Report on vaccination in Madras 1904-1921 - 1904-1921
Year: 1904
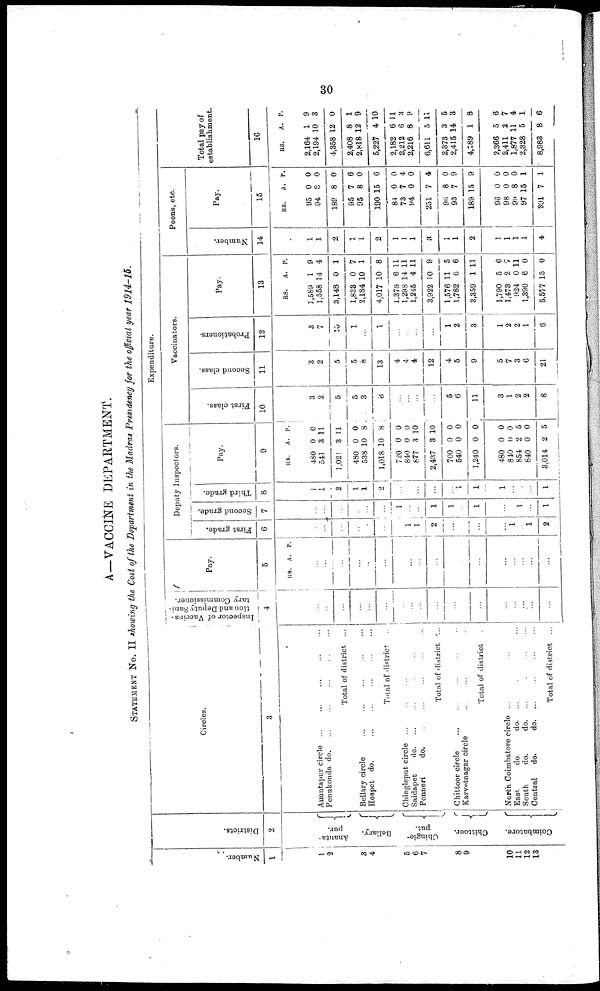
30
A—VACCINE DEPARTMENT.
STATEMENT No. II showing the Cost of the Department in the Madras Presidency for the official year 1914-15.
Number.
1
1
2
3
4
5
6
7
8
9
10
11
12
13
Districts.
2
Ananta¬
pur.
Bellary.
Chingle¬
put.
Chittoor.
Coimbatore.
Circles.
3
Anantapur circle ... ... ... ... ...
Penukonda d
o
. ... ... ... ... ...
Total of district ...
Bellary circle
...
...
...
...
...
Hospet do.
...
...
...
...
...
Total of district ...
Chingleput circle ...
...
...
Saidapet
d
o
. ... ... ... ...
Ponneri
do. ... ... ... ... ...
Total of district ...
Chittoor circle
...
...
...
...
Karvetnagar circle
...
...
Total of district ...
North Coimbatore circle ... ... ...
East.
do.
d
o
. ... ... ...
South
do.
do. ...
...
...
...
Central
do.
d
o
. ... ... ... ...
Total of district ...
Expenditure.
Inspector of Vaccina-
tion and Deputy Sani-
tary Commissioner.
4
...
...
...
...
...
...
...
...
...
...
...
...
...
...
...
...
...
...
Pay.
5
RS. A P.
...
...
...
...
...
...
...
...
...
...
...
...
...
...
...
...
...
...
Deputy Inspectors.
First grade.
6
...
...
...
...
...
...
...
1
1
2
...
...
...
...
1
...
1
2
Second grade.
7
...
...
...
...
...
...
1
...
...
1
1
...
1
...
...
1
...
1
Third grade.
8
1
1
2
1
1
2
...
...
...
...
...
1
1
1
...
...
...
1
Pay.
9
RS.
480
541
1,021
480
538
1,018
720
840
877
2,487
700
540
1,240
480
840
854
840
3,014
A.
0
3
3
0
10
10
0
0
3
3
0
0
0
0
0
2
0
2
P.
0
11
11
0
8
8
0
0
10
10
0
0
0
0
0
5
0
5
Vaccinators.
First class.
10
3
2
5
5
3
8
...
...
...
...
5
6
11
3
1
2
2
8
Second class.
11
3
2
5
5
8
13
4
4
4
12
4
5
9
5
7
3
6
21
Probationers.
12
3
7
10
1
...
1
...
...
...
...
1
2
3
1
2
2
1
6
Pay.
13
RS.
1,589
1,558
3,148
1,833
2,184
4,017
1,878
1,298
1,245
3,922
1,576
1,782
3,359
1,790
1,473
924
1,390
5,577
A.
1
14
0
0
10
10
6
14
4
10
11
6
1
5
2
0
6
15
P.
9
4
1
7
1
8
11
11
11
9
5
6
11
6
7
11
0
0
Peons, etc.
Number.
14
1
1
2
1
1
2
1
1
1
8
1
1
2
1
1
1
1
4
Pay.
15
RS.
95
94
189
95
95
190
84
73
94
251
96
93
189
96
98
99
97
891
A.
0
3
8
7
8
15
0
7
0
7
8
7
15
0
0
8
15
7
P.
0
0
0
6
0
6
0
4
0
4
0
9
9
0
0
0
1
1
Total pay of
establishment
16
RS.
2,164
2,194
4,358
2,408
2,818
5,227
2,182
2,212
2,216
6,611
2,373
2,415
4,789
2,366
2,411
1,877
2,328
8,983
A.
1
10
12
8
12
4
6
6
8
5
3
14
1
5
2
11
5
8
P.
9
3
0
1
9
10
11
3
9
11
5
3
8
6
7
4
1
6